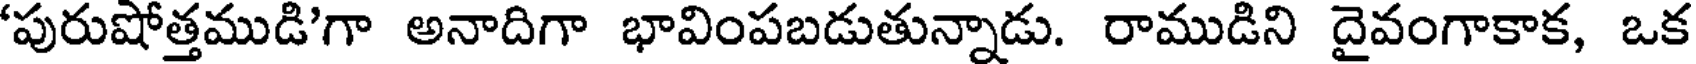
'పురుషోత్తముడి'గా అనాదిగా భావింపబడుతున్నాడు. రాముడిని దైవంగాకాక, ఒక